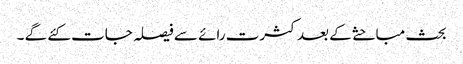
بحث مباحثے کے بعد کثرت رائے سے فیصلہ جات کئے گے ۔